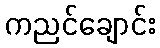
ကညင်ချောင်း